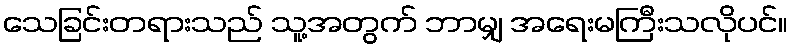
သေခြင်းတရားသည် သူ့အတွက် ဘာမျှ အရေးမကြီးသလိုပင်။